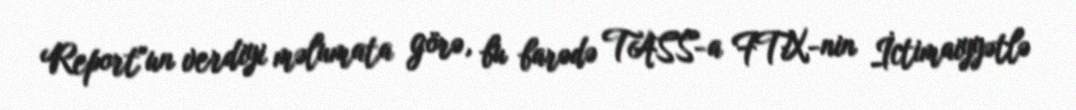
Report"un verdiyi məlumata görə, bu barədə TASS-a FTX-nin İctimaiyyətlə